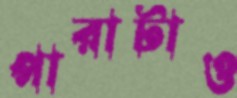
পারাটাও